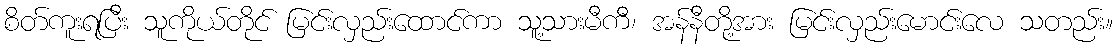
စိတ်ကူးရပြီး သူကိုယ်တိုင် မြင်းလှည်းထောင်ကာ သူ့သားမီကီ၊ အန်နီတို့အား မြင်းလှည်းမောင်းလေ သတည်း။